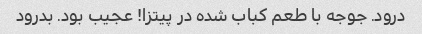
درود. جوجه با طعم کباب شده در پیتزا! عجیب بود. بدرود